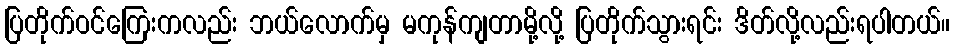
ပြတိုက်ဝင်ကြေးကလည်း ဘယ်လောက်မှ မကုန်ကျတာမို့လို့ ပြတိုက်သွားရင်း ဒိတ်လို့လည်းရပါတယ်။